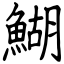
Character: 鰗